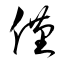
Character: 僅